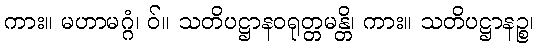
ကား။ မဟာမဂ္ဂံ၊ ဝ်။ သတိပဋ္ဌာနဝရုတ္တမန္တိ၊ ကား။ သတိပဋ္ဌာနဉ္စ၊